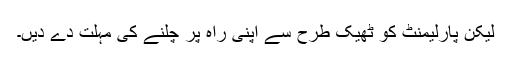
لیکن پارلیمنٹ کو ٹھیک طرح سے اپنی راہ پر چلنے کی مہلت دے دیں۔